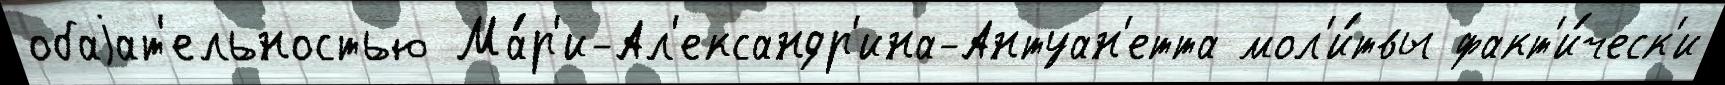
обаjат'ельностью Ма́р'и-Ал'ександр'ина-Антуан'етта мол'и́твы факт'и́ческ'и